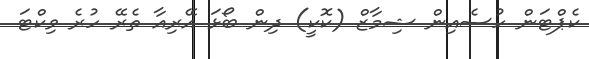
ކެޕްޓަން ހުސެއިން ޝިމާޒް (ކޮކީ) ދިން ބޯޅަ އޭރިއާ ތެރޭ ހުރެ ވިކްޓަ